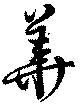
華